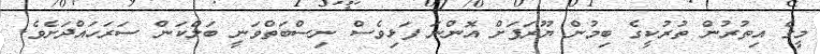
މީގެ އިތުރުން ތުރުކީގެ ބިމުން ޔޫރަޕަށް އޮންނަ ފަޅިވެސް ނިސްބަތްވަނީ ބަލްކަން ސަރަހައްދަށެވެ.